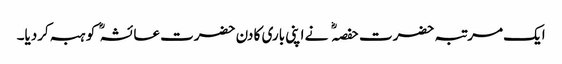
ایک مرتبہ حضرت حفصہ نے اپنی باری کا دن حضرت عائشہ کو ہبہ کردیا۔